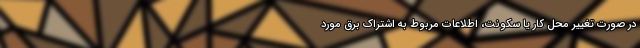
در صورت تغییر محل کار یا سکونت، اطلاعات مربوط به اشتراک برق مورد